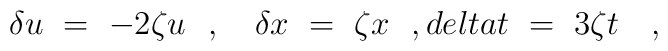
\delta u \ = \ - 2 \zeta u \ \ , \ \ \ \delta x \ = \ \zeta x \ \ , \ \\delta t \ = \ 3 \zeta t \ \ \ ,